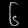
Digit: ၆